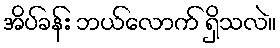
အိပ်ခန်း ဘယ်လောက် ရှိသလဲ။